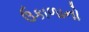
ઉકાળાનો